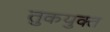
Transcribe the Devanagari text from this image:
तुकयुक्त